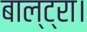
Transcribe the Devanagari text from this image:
बाल्ट्रा।